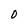
Character: O